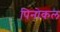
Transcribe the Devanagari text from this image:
पिनोकल